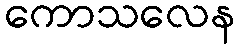
ကောသလေန